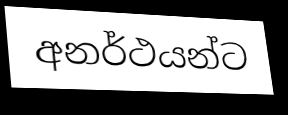
අනර්ථයන්ට